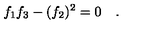
f _ { 1 } f _ { 3 } - ( f _ { 2 } ) ^ { 2 } = 0 \quad .